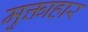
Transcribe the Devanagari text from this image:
मुक्ताहार